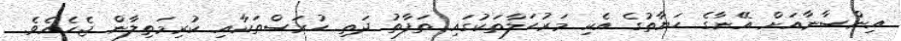
އިންސާނާއަށް އޭނާގެ ޙަޔާތުގެ އެކި މަރުޙަލާތަކުގައި ތަފާތު ދަތި ހުރަސްތަކާއި ކުރިމަތިލާން ޖެހެއެވެ.